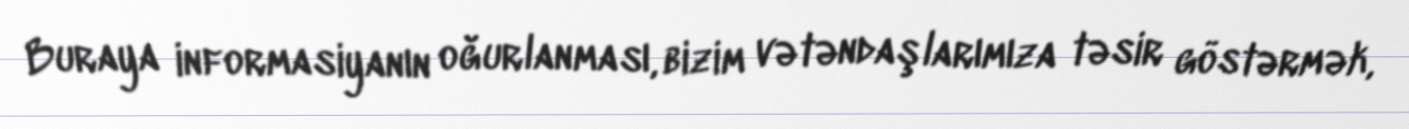
Buraya informasiyanın oğurlanması, bizim vətəndaşlarımıza təsir göstərmək,